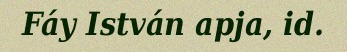
Fáy István apja, id.